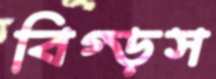
বিগ্‌ড়স